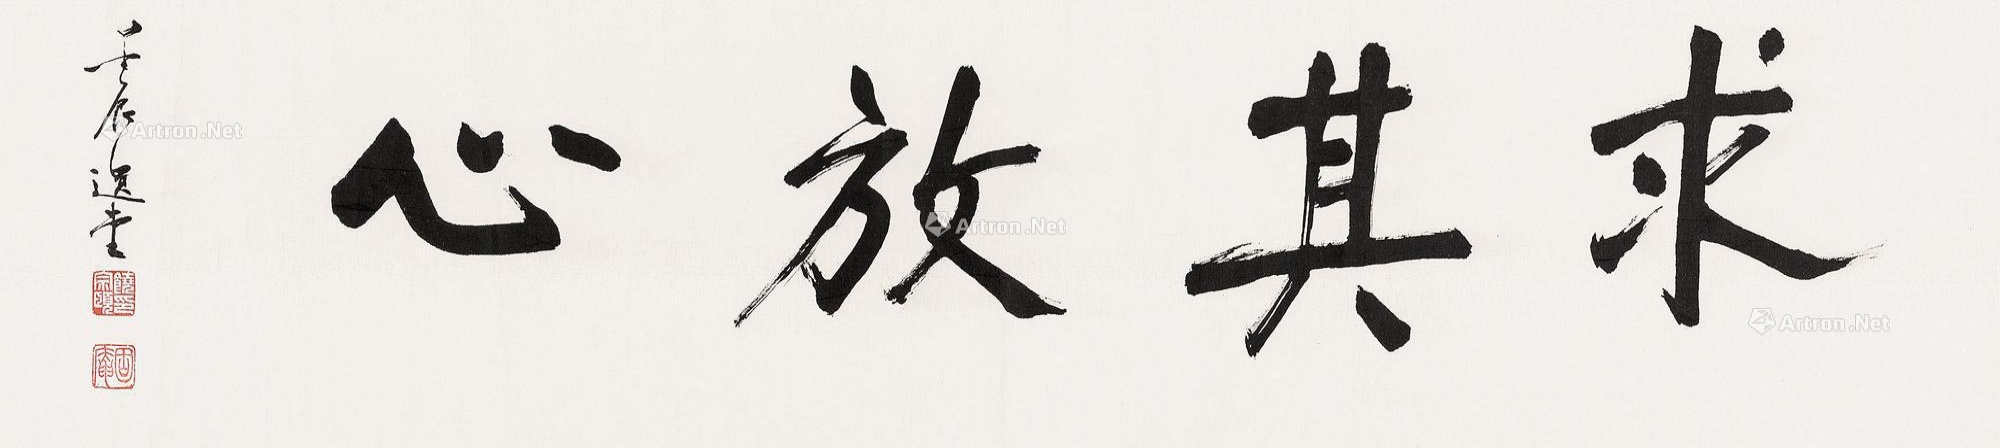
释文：求其放心壬辰选堂